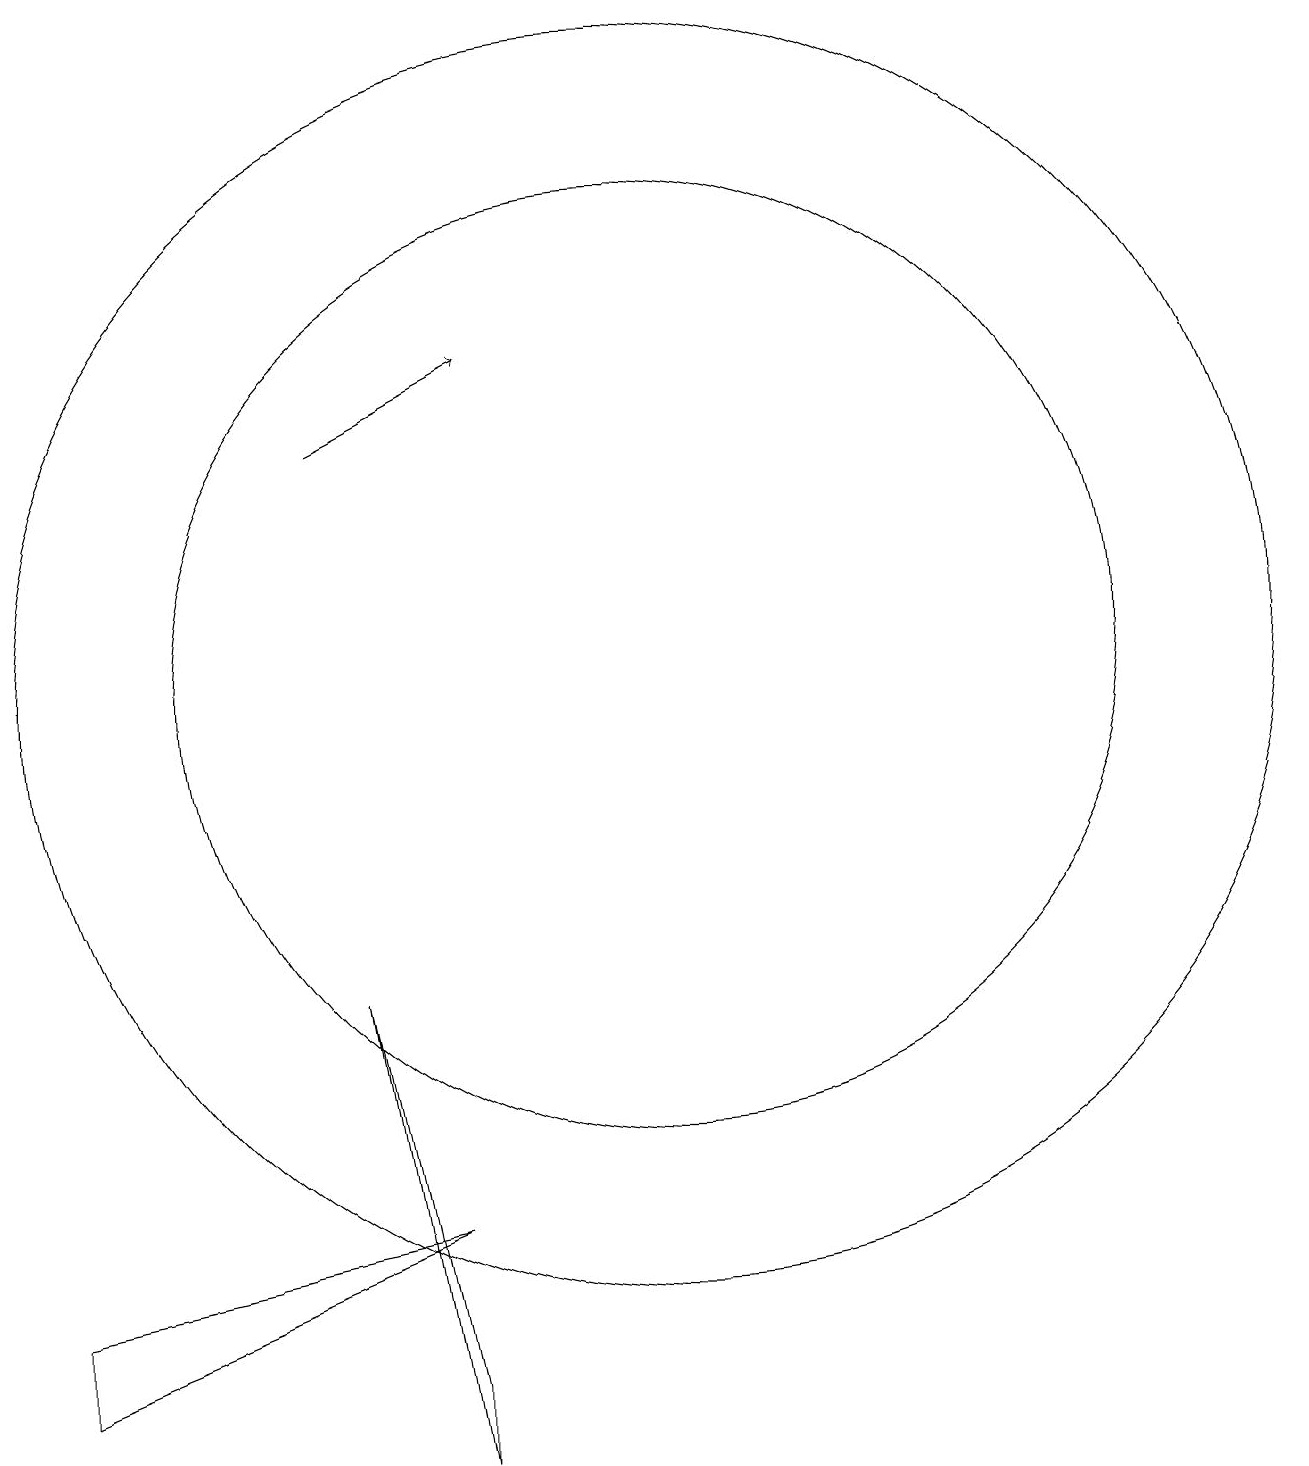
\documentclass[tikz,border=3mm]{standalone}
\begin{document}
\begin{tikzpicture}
\draw (2,2) -- (2,1) -- (7,3) -- cycle;
\draw[->] (6,13) -- (8,14);
\draw (10,10) circle (6);
\draw (10,10) circle (8);
\draw (6,6) -- (7,0) -- (7,1) -- cycle;
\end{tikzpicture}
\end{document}